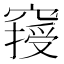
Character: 𥧿